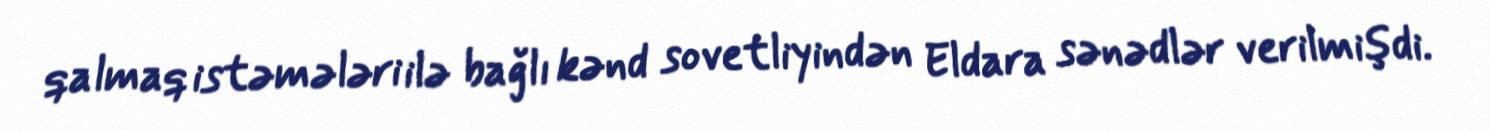
qalmaq istəmələri ilə bağlı kənd sovetliyindən Eldara sənədlər verilmişdi.